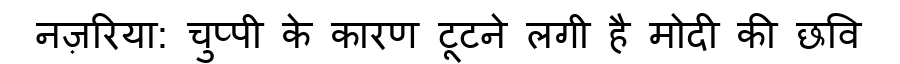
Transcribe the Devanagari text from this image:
नज़रिया: चुप्पी के कारण टूटने लगी है मोदी की छवि